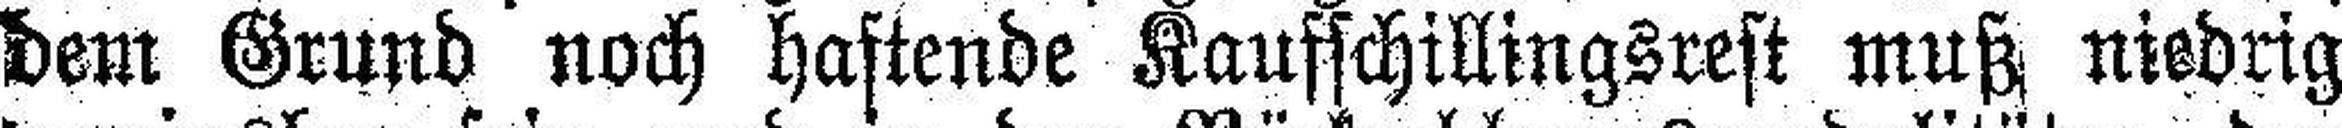
dem Grund noch haftende Kaufschillingsrest muß niedrig